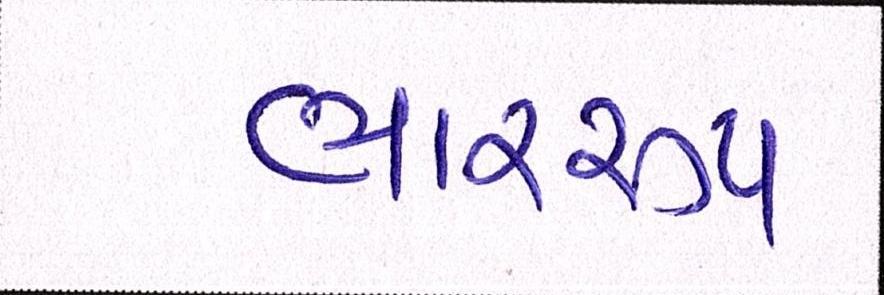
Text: ભારરૂપ